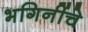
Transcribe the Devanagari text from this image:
भगिनींचे